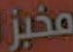
مخبز